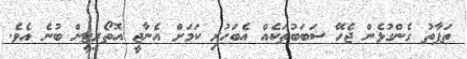
ތަފާތު ގެންގުޅެން ޖެހޭ ސަބަބުތަކެއް އެބަހުރި ކަމަށް އެނާޖީ އޮތޯރިޓީން ބުނެ އެވެ.